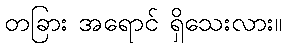
တခြား အရောင် ရှိသေးလား။